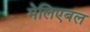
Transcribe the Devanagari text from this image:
मेलिएबल